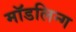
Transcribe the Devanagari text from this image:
मॉडलिन्ग